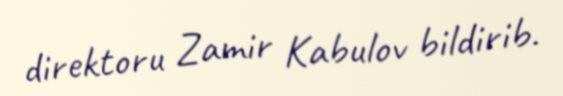
direktoru Zamir Kabulov bildirib.